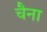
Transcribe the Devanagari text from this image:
चैना